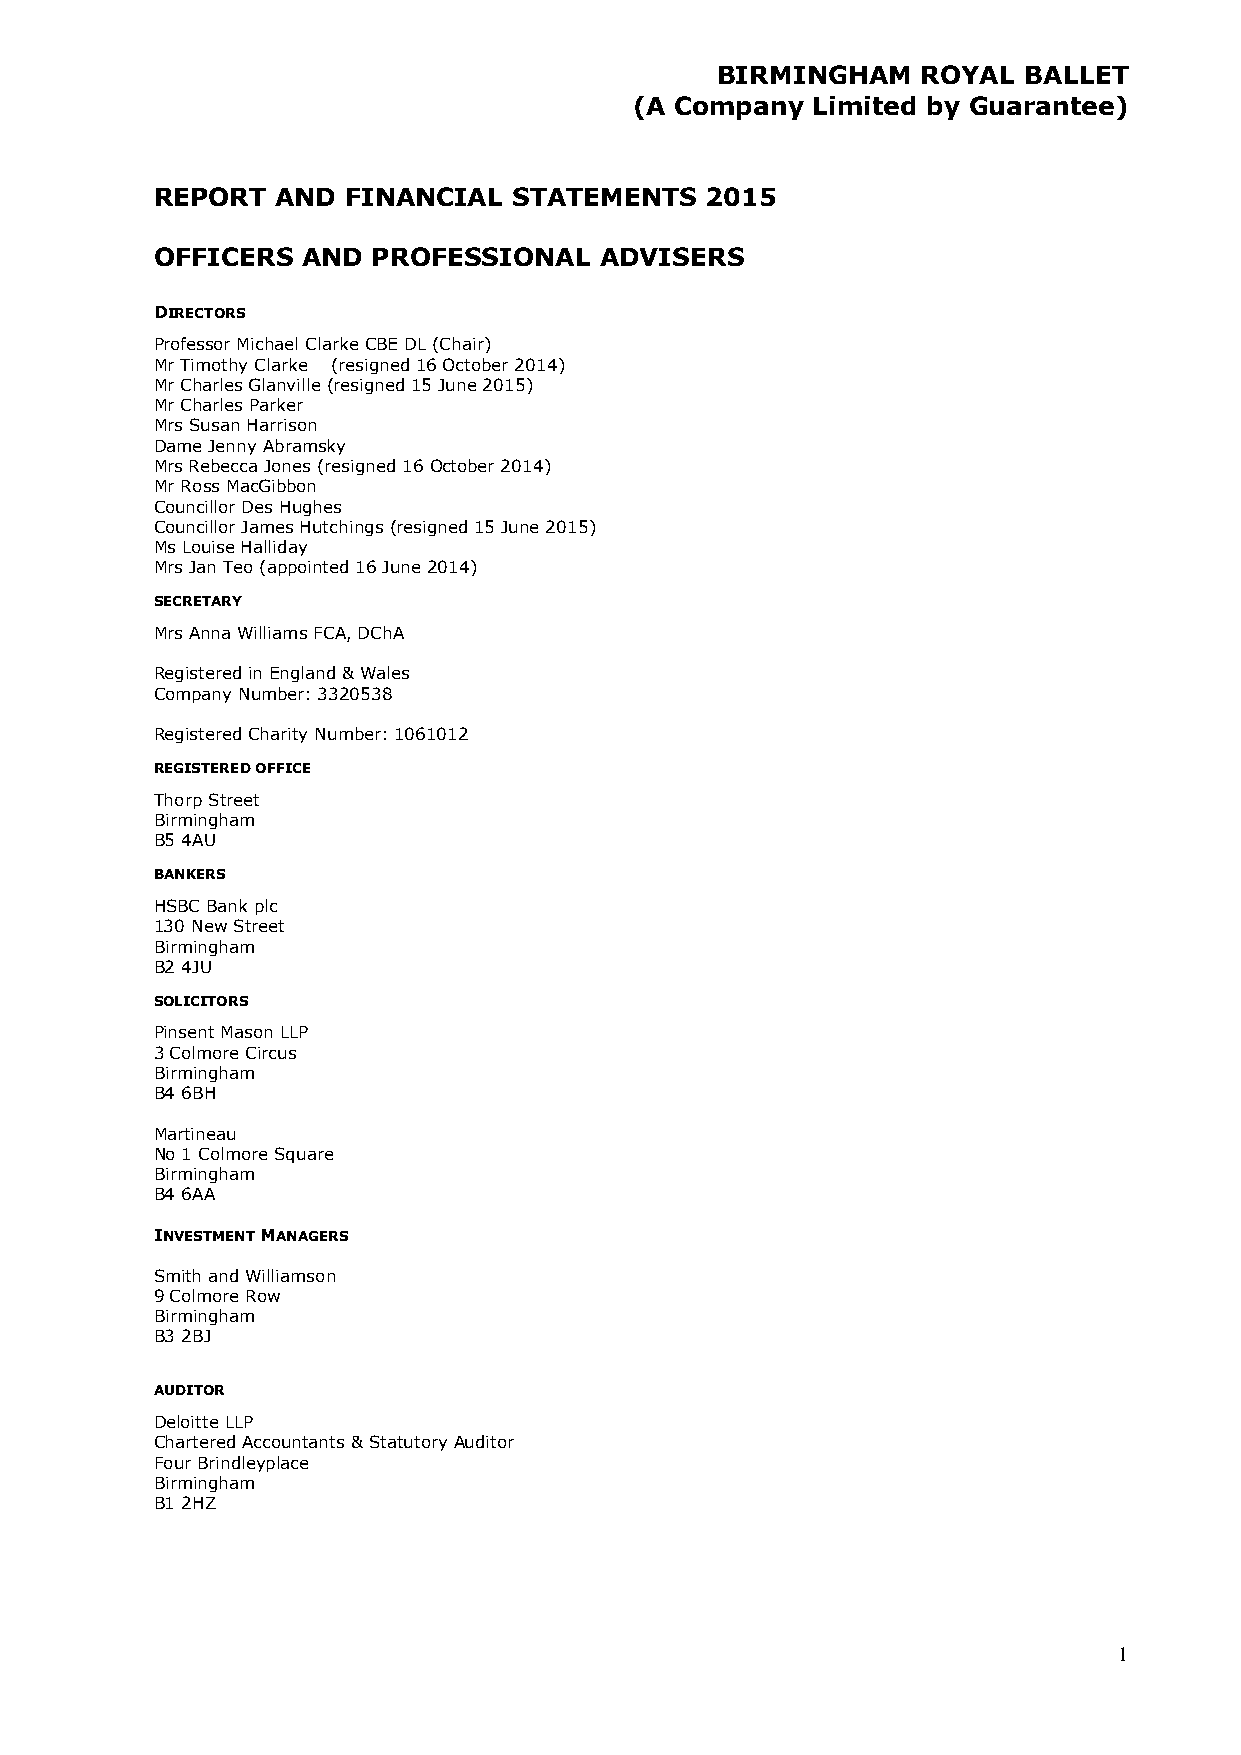
BIRMINGHAM    ROYAL  BALLET
 (A Company  Limited by Guarantee)
 REPORT  AND  FINANCIAL  STATEMENTS   2015
 OFFICERS  AND  PROFESSIONAL   ADVISERS
 DIRECTORS
 Professor Michael Clarke CBE DL (Chair)
 Mr Timothy Clarke (resigned 16 October 2014)
 Mr Charles Glanville (resigned 15 June 2015)
 Mr Charles Parker
 Mrs Susan Harrison
 Dame Jenny Abramsky
 Mrs Rebecca Jones (resigned 16 October 2014)
 Mr Ross MacGibbon
 Councillor Des Hughes
 Councillor James Hutchings (resigned 15 June 2015)
 Ms Louise Halliday
 Mrs Jan Teo (appointed 16 June 2014)
 SECRETARY
 Mrs Anna Williams FCA, DChA
 Registered in England & Wales
 Company Number: 3320538
 Registered Charity Number: 1061012
 REGISTERED OFFICE
 Thorp Street
 Birmingham
 B5 4AU
 BANKERS
 HSBC Bank plc
 130 New Street
 Birmingham
 B2 4JU
 SOLICITORS
 Pinsent Mason LLP
 3 Colmore Circus
 Birmingham
 B4 6BH
 Martineau
 No 1 Colmore Square
 Birmingham
 B4 6AA
 INVESTMENT MANAGERS
 Smith and Williamson
 9 Colmore Row
 Birmingham
 B3 2BJ
 AUDITOR
 Deloitte LLP
 Chartered Accountants & Statutory Auditor
 Four Brindleyplace
 Birmingham
 B1 2HZ
 1